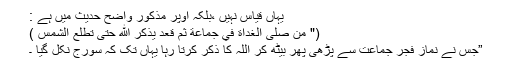
یہاں قیاس نہیں ،بلکہ اوپر مذکور واضح حدیث میں ہے :
(" من صلى الغداة في جماعة ثم قعد يذكر الله حتى تطلع الشمس )
”جس نے نماز فجر جماعت سے پڑھی پھر بیٹھ کر اللہ کا ذکر کرتا رہا یہاں تک کہ سورج نکل گیا ۔